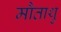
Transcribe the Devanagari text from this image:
मौताथु